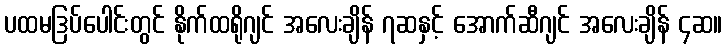
ပထမဒြပ်ပေါင်းတွင် နိုက်ထရိုဂျင် အလေးချိန် ၇ဆနှင့် အောက်ဆီဂျင် အလေးချိန် ၄ဆ။